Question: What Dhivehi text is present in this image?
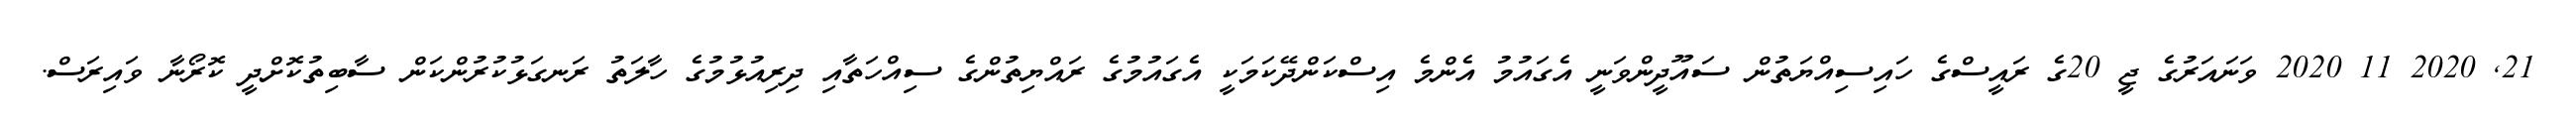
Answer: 21, 2020 11 2020 ވަނައަރުގެ ޖީ 20ގެ ރައީސްގެ ހައިސިއްޔަތުން ސައޫދީންވަނީ އެގައުމު އެންމެ އިސްކަންދޭކަމަކީ އެގައުމުގެ ރައްޔިތުންގެ ސިއްހަތާއި ދިރިއުޅުމުގެ ހާލަތު ރަނގަޅުކުރުންކަން ސާބިތުކޮށްދީ ކޮރޯނާ ވައިރަސް.